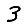
Digit: 3